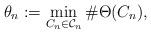
LaTeX: \begin{align*}\theta_n:=\min_{C_n\in\mathcal{C}_n} \#\Theta(C_n),\end{align*}